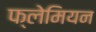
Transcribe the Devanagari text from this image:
फ्लेमियन